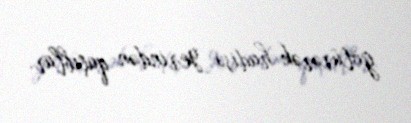
götürərək hadisə yerindən qaçıblar.